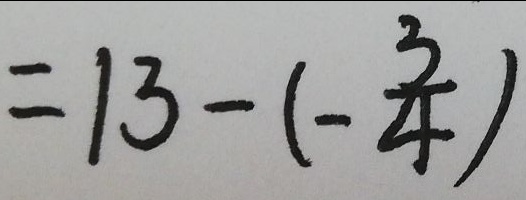
= 1 3 - ( - \frac { 3 } { 4 } )